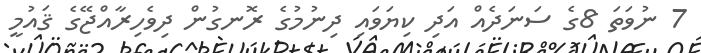
7 ނުވަތަ 8ގެ ސަނަދެއް އަދި ކިޔަވައި ދިނުމުގެ ރޮނގުން ދިވެހިރާއްޖޭގެ ޤައުމީ